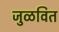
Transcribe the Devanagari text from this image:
जुळवित